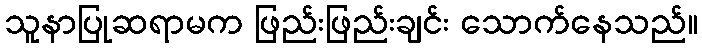
သူနာပြုဆရာမက ဖြည်းဖြည်းချင်း သောက်နေသည်။